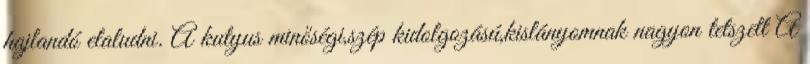
hajlandó elaludni. A kutyus minőségi,szép kidolgozású,kislányomnak nagyon tetszett A